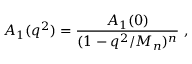
A _ { 1 } ( q ^ { 2 } ) = \frac { A _ { 1 } ( 0 ) } { ( 1 - q ^ { 2 } / M _ { n } ) ^ { n } } \ ,